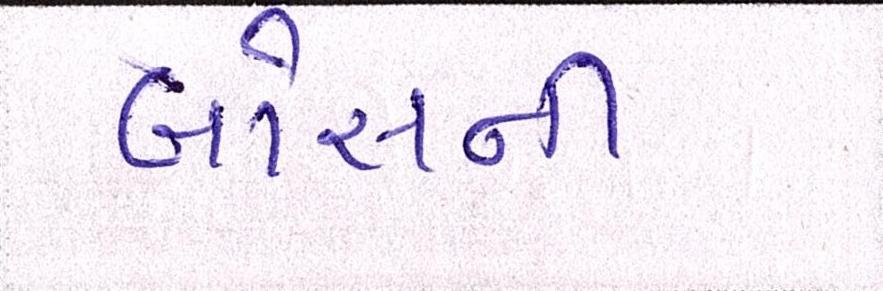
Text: બોસની